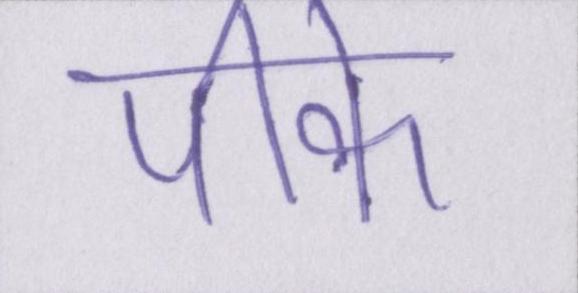
पीके